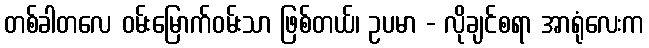
တစ်ခါတလေ ဝမ်းမြောက်ဝမ်းသာ ဖြစ်တယ်၊ ဥပမာ - လိုချင်စရာ အာရုံလေးက